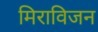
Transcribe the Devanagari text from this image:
मिराविजन